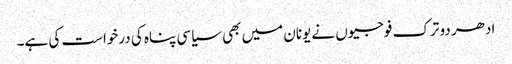
ادھر دو ترک فوجیوں نے یونان میں بھی سیاسی پناہ کی درخواست کی ہے۔